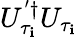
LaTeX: U_{\tau_{\mathbf{i}}}^{'\dagger}U_{\tau_{\mathbf{i}}}